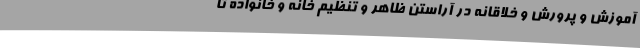
آموزش و پرورش و خلاقانه‌ در آراستن ظاهر و تنظیم خانه و خانواده تا